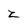
Character: z